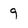
Character: 9